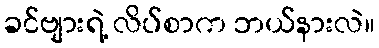
ခင်ဗျားရဲ့ လိပ်စာက ဘယ်နားလဲ။